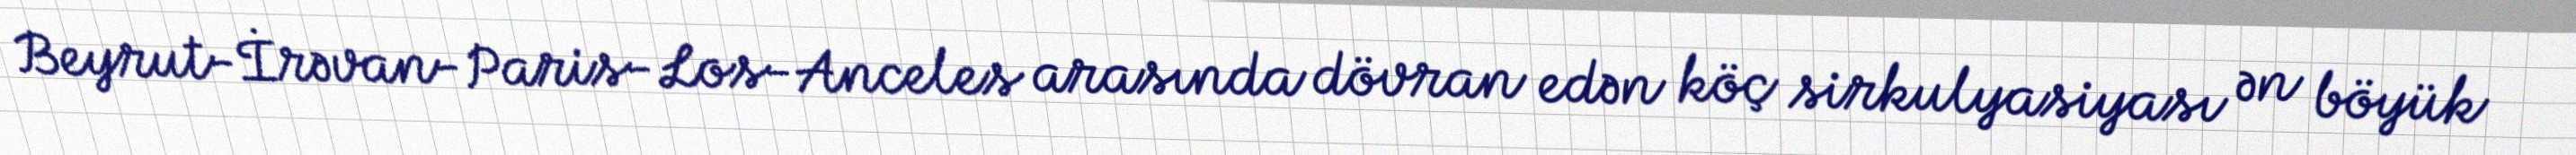
Beyrut-İrəvan-Paris-Los-Anceles arasında dövran edən köç sirkulyasiyası ən böyük